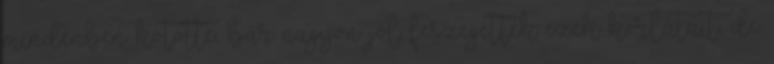
mindenben kötötte, bár nagyon jól feszegették ezek korlátait, de